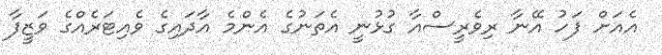
އެއަށް ފަހު އޭނާ ރިވެރީސްއާ ގުޅުނީ އެތަނުގެ އެންމެ އާދައިގެ ވެއިޓަރެއްގެ ވަޒީފާ